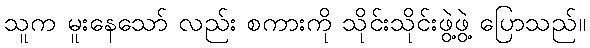
သူက မူးနေသော် လည်း စကားကို သိုင်းသိုင်းဖွဲ့ဖွဲ့ ပြောသည်။